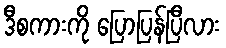
ဒီစကားကို ပြောပြန်ပြီလား